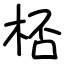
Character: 桮